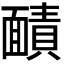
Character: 𮧐